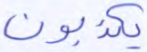
يكذبون